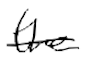
Text: the
Cross-out: single-line
Writing tool: digital_black